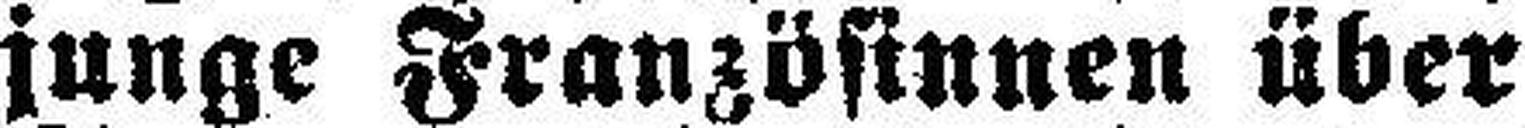
junge Französinnen über